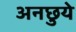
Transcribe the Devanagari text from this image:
अनछुये